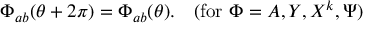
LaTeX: \Phi _ { a b } ( \theta + 2 \pi ) = \Phi _ { a b } ( \theta ) . \quad ( \mathrm { f o r ~ } \Phi = A , Y , X ^ { k } , \Psi )